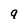
Character: 9